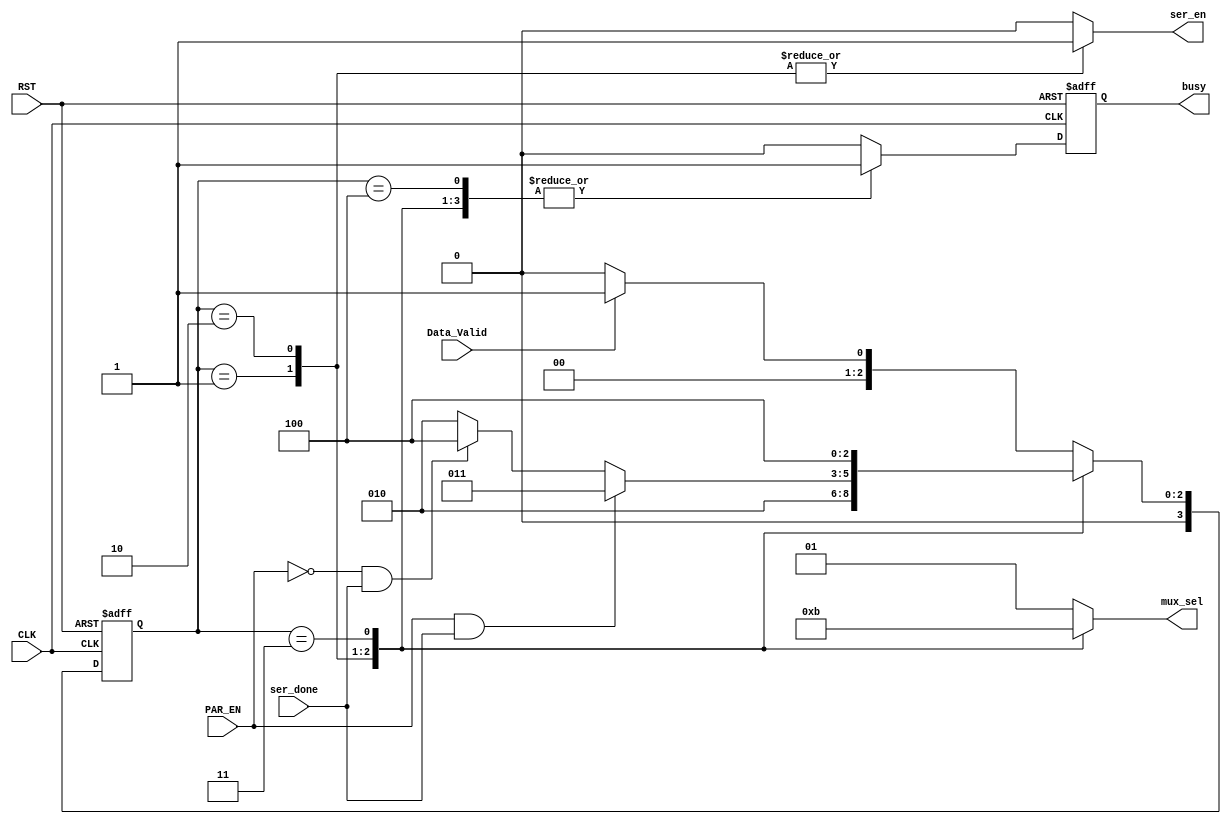
//-----------Reset is sync.--------------//
//-----------serial. saves if ser_en is high----------//
module FSM_TX (
    input wire PAR_EN, ser_done, Data_Valid, CLK, RST,
    output reg ser_en, busy,
    output reg [1:0]    mux_sel
);
//----------defining the state machine---------//
    localparam  IDLE = 0,
                START = 1,
                SENDING = 2,
                PARITY = 3,
                STOP = 4;

    localparam  HIGH = 1'b1,
                LOW = 1'b0;

reg [3:0]  Current_state;
reg [3:0]  Next_state;
reg busy_c;

always @(posedge CLK or negedge RST) 
begin
    if(!RST)
    begin
        Current_state <= IDLE;
    end    
    else
    begin
        Current_state <= Next_state; 
    end
end

always @(*) 
begin
    case (Current_state)
        IDLE: 
            begin
                busy_c = LOW;
                ser_en = LOW;
                mux_sel = 2'b01;
                if (Data_Valid) 
                begin
                    Next_state = START;
                end
                else
                begin
                    Next_state = IDLE;
                end
            end
        START:
            begin
                busy_c = HIGH;
                ser_en = HIGH;
                mux_sel = 2'b00;
                Next_state = SENDING;
            end  
        SENDING:
            begin
                busy_c = HIGH;
                ser_en = HIGH;
                mux_sel = 2'b10;
                if (PAR_EN && ser_done) 
                begin
                    Next_state = PARITY;    
                end
                else if(!PAR_EN && ser_done)
                begin
                    Next_state = STOP;
                end
                else
                begin
                    Next_state = SENDING;
                end
            end
        PARITY:
            begin
                busy_c = HIGH;
                ser_en = LOW;
                mux_sel = 2'b11;
                Next_state = STOP;
            end
        STOP:
            begin
                busy_c = HIGH;
                ser_en = LOW;
                mux_sel = 2'b01;
                if (Data_Valid) 
                begin
                    Next_state = START;    
                end
                else
                begin
                    Next_state = IDLE;
                end
            end   
        default: 
            begin
                busy_c = LOW;
                ser_en = LOW;
                mux_sel = 2'b01;
                if (Data_Valid) 
                begin
                    Next_state = START;
                end
                else
                begin
                    Next_state = IDLE;
                end
            end
    endcase    
end

always @(posedge CLK or negedge RST)
begin
    if(!RST)
    begin
        busy <= 1'b0;
    end
    else
    begin
        busy <= busy_c;
    end
end


endmodule